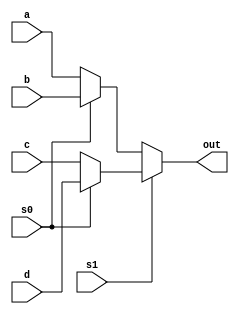
module m41 ( input a, input b, input c, input d, input s0, s1,output out);
assign out = s1 ? (s0 ? d : c) : (s0 ? b : a);
endmodule